Annual returns of the Patna Lunatic Asylum at Bankipore in Bihar and Orissa - 1912-1924
Year: 1912
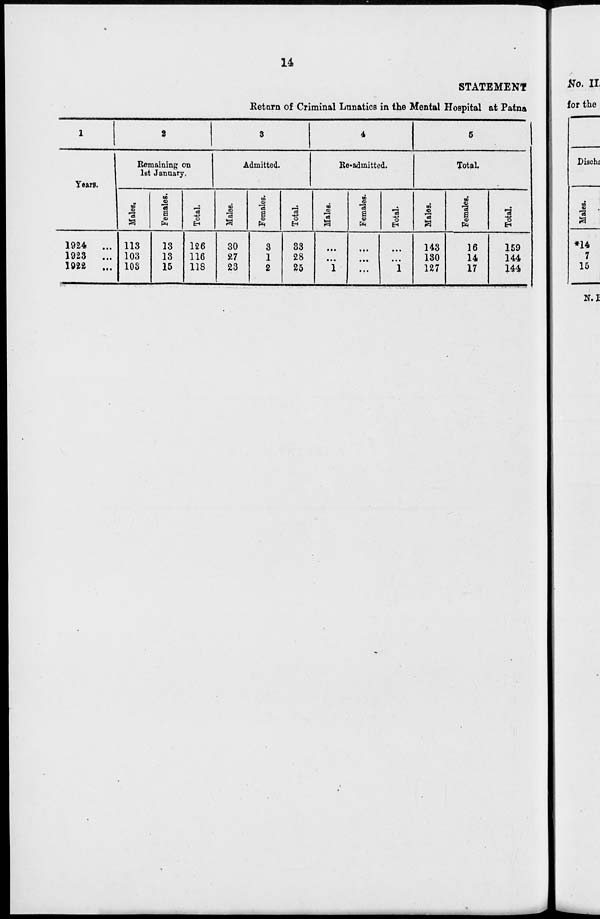
14
STATEMENT
Return of Criminal Lunatics in the Mental Hospital at Patna
1
Years.
1924
...
1923
...
1922
...
2
Remaining on
1st January.
Males.
113
103
103
Females.
13
13
15
Total.
126
116
118
3
Admitted.
Males.
30
27
23
Females.
3
1
2
Total.
33
28
25
4
Re-admitted.
Males.
...
...
1
Females.
...
...
...
Total.
...
...
1
5
Total.
Males.
143
130
127
Females.
16
14
17
Total.
159
144
144